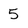
Character: 5